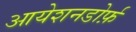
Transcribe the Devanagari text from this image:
आयेशनडोर्फ़